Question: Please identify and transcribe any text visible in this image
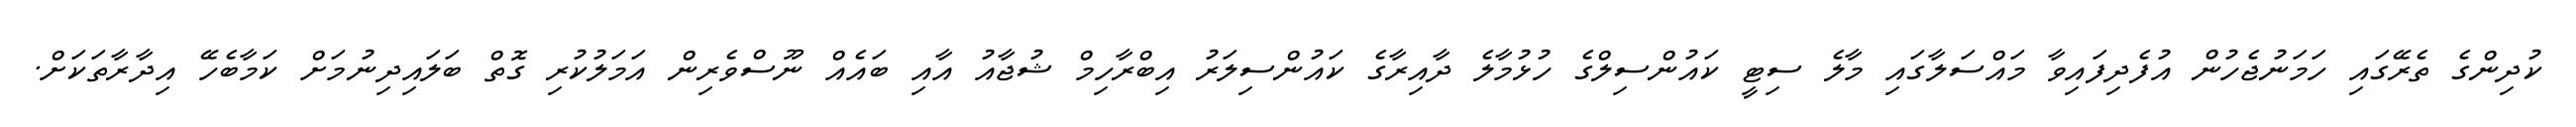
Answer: ކުދިންގެ ތެރޭގައި ހަމަނުޖެހުން އުފެދިފައިވާ މައްސަލާގައި މާލެ ސިޓީ ކައުންސިލްގެ ހުޅުމާލެ ދާއިރާގެ ކައުންސިލަރު އިބްރާހިމް ޝުޖާއު އާއި ބައެއް ނޫސްވެރިން އަމަލުކުރި ގޮތް ބަލައިދިނުމަށް ކަމާބެހޭ އިދާރާތަކަށް.